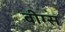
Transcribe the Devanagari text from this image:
बीग्स